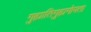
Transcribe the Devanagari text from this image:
गुह्यातिगुह्यगोपता